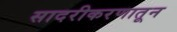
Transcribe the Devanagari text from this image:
सादरीकरणातून